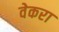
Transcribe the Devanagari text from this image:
वेकरा